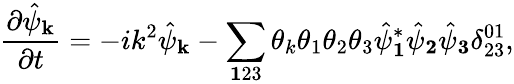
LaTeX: \frac{\partial\hat{\psi}_{\mathbf k}}{\partial t}=-ik^{2}\hat{\psi}_{\mathbf k}-\sum_{\mathbf 123}\theta_{k}\theta_{1}\theta_{2}\theta_{3}\hat{\psi}_{\mathbf 1}^{*}\hat{\psi}_{\mathbf 2}\hat{\psi}_{\mathbf 3}\delta_{23}^{01},